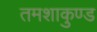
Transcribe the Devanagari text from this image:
तमशाकुण्ड